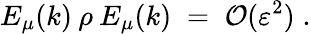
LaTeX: E_{\mu}(k)\: \rho\: E_{\mu}(k)\; =\; {\cal{O}}(\varepsilon^{2})\; .